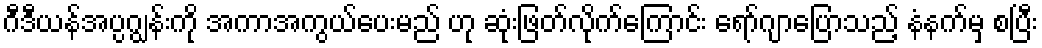
ဂီဒီယန်အပ္ပဂျွန်းကို အကာအကွယ်ပေးမည် ဟု ဆုံးဖြတ်လိုက်ကြောင်း ရော်ဂျာပြောသည့် နံနက်မှ စပြီး